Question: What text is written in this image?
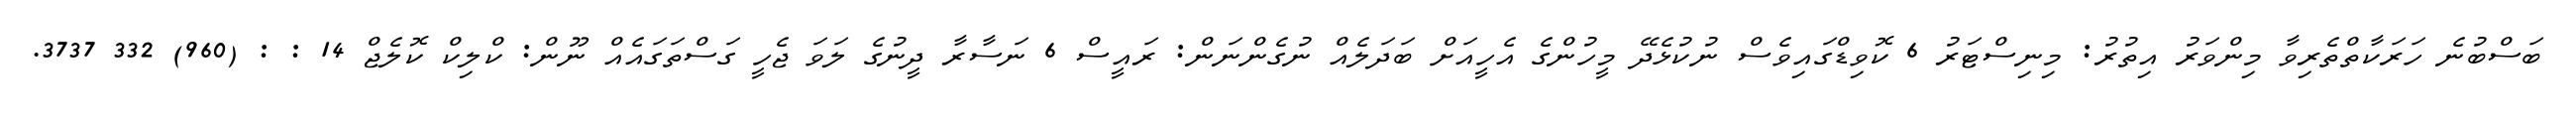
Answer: ބަސްބުނެ ހަރަކާތްތެރިވާ މިންވަރު އިތުރު: މިނިސްޓަރު 6 ކޮވިޑްގައިވެސް ނުކުޅެދޭ މީހުންގެ އެހީއަށް ބަދަލެއް ނުގެންނަން: ރައީސް 6 ނަސާރާ ދީނުގެ ލަވަ ޖެހީ ގަސްތަގައެއް ނޫން: ކްލިކް ކޮލެޖް 14 : : (960) 332 3737.